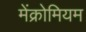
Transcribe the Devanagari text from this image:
मेंक्रोमियम